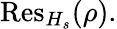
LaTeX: {\mathrm{Res}}_{H_{s}}(\rho).